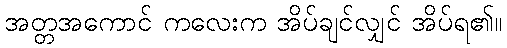
အတ္တအကောင် ကလေးက အိပ်ချင်လျှင် အိပ်ရ၏။